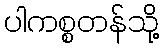
ပါကစ္စတန်သို့